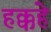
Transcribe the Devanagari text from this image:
हक्कहे